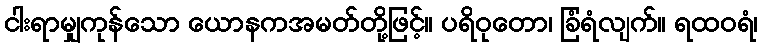
ငါးရာမျှကုန်သော ယောနကအမတ်တို့ဖြင့်။ ပရိဝုတော၊ ခြံရံလျက်။ ရထဝရံ၊